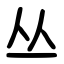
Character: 丛